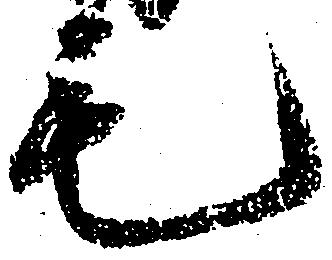
毛